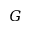
G